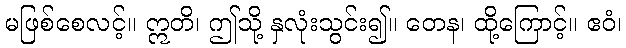
မဖြစ်စေလင့်။ ဣတိ၊ ဤသို့ နှလုံးသွင်း၍။ တေန၊ ထို့ကြောင့်။ ဧဝံ၊